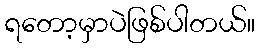
ရတော့မှာပဲဖြစ်ပါတယ်။